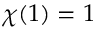
\chi ( 1 ) = 1